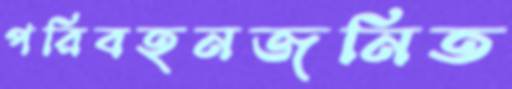
পরিবহনজনিত